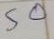
50